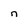
Character: n